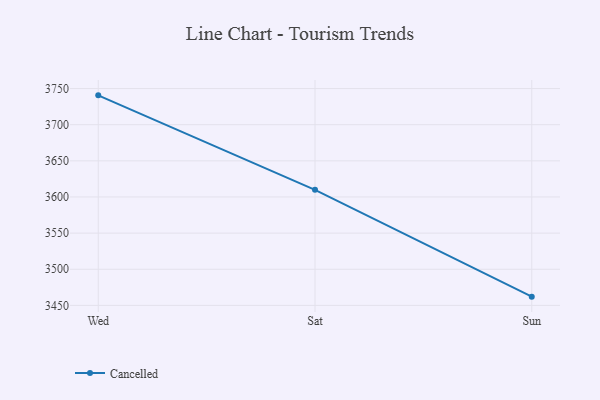
{"axis": {"x": "Day", "y": "Customer Acquisition Cost (USD)"}, "legend": ["Cancelled"], "data": [{"x": "Wed", "y": 3740.6, "type": "Cancelled"}, {"x": "Sat", "y": 3609.9, "type": "Cancelled"}, {"x": "Sun", "y": 3462.1, "type": "Cancelled"}]}